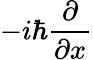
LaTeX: -i\hbar{\frac{\partial}{\partial x}}